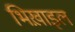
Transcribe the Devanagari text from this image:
भिख़ाइल